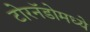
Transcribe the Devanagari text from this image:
टोरनॅडोमध्ये